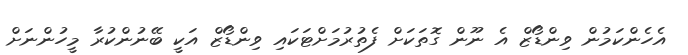
އެހެންކަމުން ވިންޑޯޒް އެ ނޫން ގޮތަކަށް ފެތުރުމަށްޓަކައި ވިންޑޯޒް އަކީ ބޭނުންކުރާ މީހުންނަށް